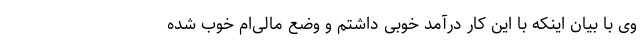
وی با بیان اینکه با این کار درآمد خوبی داشتم و وضع مالی‌ام خوب شده